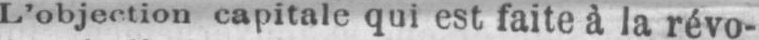
L’objection capitale qui est faite à la révo-